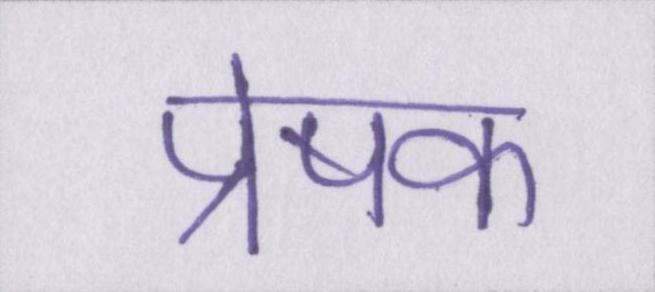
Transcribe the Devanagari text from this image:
प्रेषक